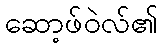
ဆော့ဖ်ဝဲလ်၏